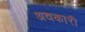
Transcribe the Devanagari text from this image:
अवकारी